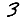
Digit: 3